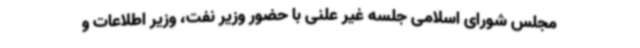
مجلس شورای اسلامی جلسه غیر علنی با حضور وزیر نفت، وزیر اطلاعات و